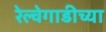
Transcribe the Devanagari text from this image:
रेल्वेगाडीच्या